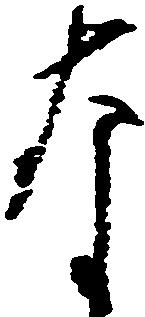
な